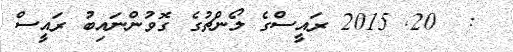
:  20